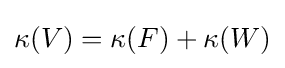
\kappa (V)=\kappa (F)+\kappa (W)